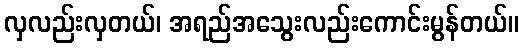
လှလည်းလှတယ်၊ အရည်အသွေးလည်းကောင်းမွန်တယ်။